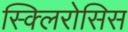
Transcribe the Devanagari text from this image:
स्क्लिरोसिस